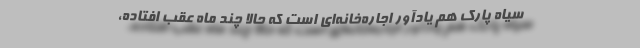
سياه پارك هم يادآور اجاره‌‌خانه‌اي است كه حالا چند ماه عقب افتاده‌،